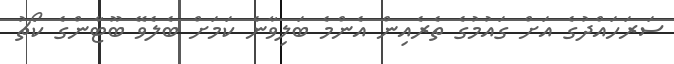
ސަރަހައްދުގެ އަށް ގައުމުގެ ތެރެއިން އެންމެ ބަލިވާނެ ކަމަށް ބެލެވޭ ބޫޓާންގެ ކޯޗު